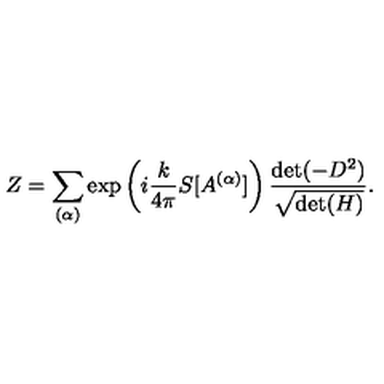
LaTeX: Z = \sum _ { ( \alpha ) } \exp \left( i \frac { k } { 4 \pi } S [ A ^ { ( \alpha ) } ] \right) \frac { \mathrm { d e t } ( - D ^ { 2 } ) } { \sqrt { \mathrm { d e t } ( H ) } } .